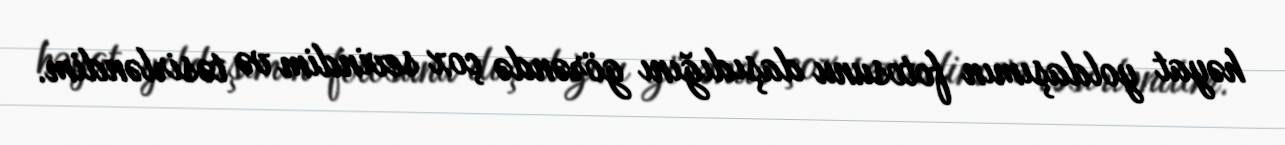
həyat yoldaşımın fotosunu daşıdığını görəndə çox sevindim və təsirləndim.